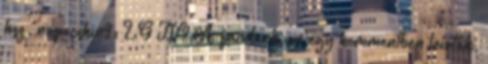
hsz. napocskin9: LG TV? A facebook-on egy kommentben leírták,